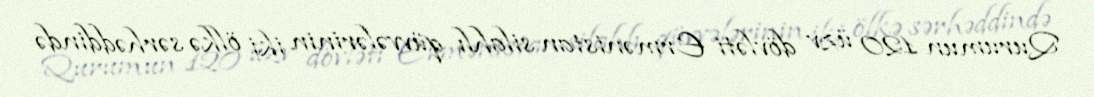
Qurumun 120 üzv dövləti Ermənistan silahlı qüvvələrinin iki ölkə sərhəddində